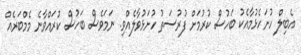
އެބިލް ހުށަހެޅުމާއެކު ބަހުސް ކުރުމަށް ފުރުސަތު ހުށަޅުވާލެއްވި. ނަމަވެސް ބަހުސް ކުރައްވާނެ މެމްބަރެއް